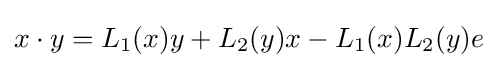
x\cdot y=L_{1}(x)y+L_{2}(y)x-L_{1}(x)L_{2}(y)e